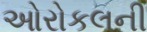
ઓરોકલની